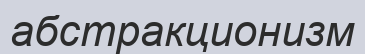
абстракционизм